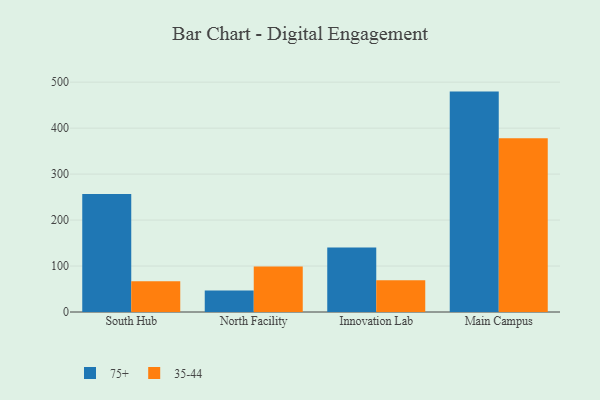
{"axis": {"x": "Campus", "y": "Active Users"}, "legend": ["35-44", "75+"], "data": [{"x": "South Hub", "y": 256.7, "type": "75+"}, {"x": "South Hub", "y": 67.0, "type": "35-44"}, {"x": "North Facility", "y": 47.0, "type": "75+"}, {"x": "North Facility", "y": 99.1, "type": "35-44"}, {"x": "Innovation Lab", "y": 140.5, "type": "75+"}, {"x": "Innovation Lab", "y": 68.9, "type": "35-44"}, {"x": "Main Campus", "y": 479.5, "type": "75+"}, {"x": "Main Campus", "y": 377.8, "type": "35-44"}]}